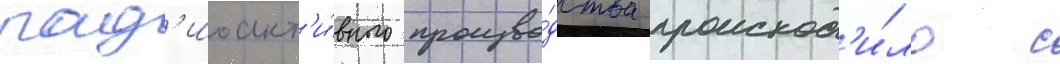
рад'иоакт'и́вного произво́дства происход'и́ло с